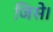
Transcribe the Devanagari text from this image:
जिसे।